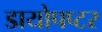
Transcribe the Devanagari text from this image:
डायोपप्टर